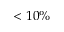
< 1 0 \%